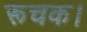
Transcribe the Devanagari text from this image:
रूचक।